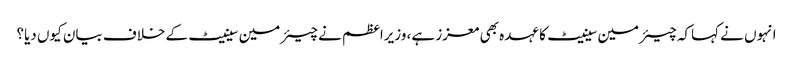
انہوں نے کہاکہ چیئرمین سینیٹ کا عہدہ بھی معزز ہے، وزیراعظم نے چیئرمین سینیٹ کے خلاف بیان کیوں دیا؟